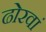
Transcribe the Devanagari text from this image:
ढोरवां